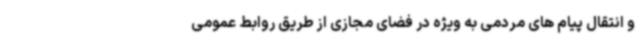
و انتقال پیام های مردمی به ویژه در فضای مجازی از طریق روابط عمومی